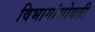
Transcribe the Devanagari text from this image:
विभागांभोवती